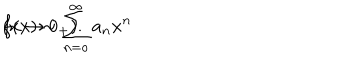
LaTeX: f ( x ) \sim \sum _ { n = o } ^ { \infty } a _ { n } x ^ { n } \hspace { 1 c m } ( x \rightarrow 0 _ { + } ) .